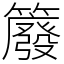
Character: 䉬